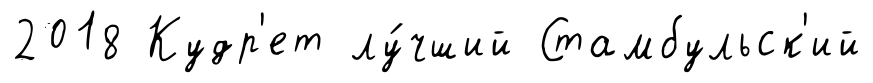
2018 Кудр'ет лу́чший Стамбульск'ий